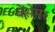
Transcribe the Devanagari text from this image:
बेंसेमर